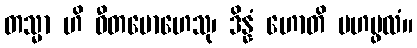
တသ္မာ ဟိ ဝီတမောဟေသု၊ ဒိန္နံ ဟောတိ မဟပ္ဖလံ။